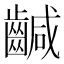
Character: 䶢